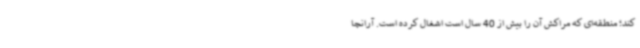
کند؛ منطقه‌ای که مراکش آن را بیش از 40 سال است اشغال کرده است. آرانچا